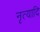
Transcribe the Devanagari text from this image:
नृत्यादि